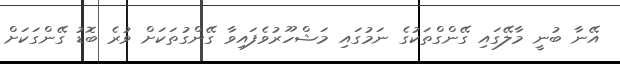
އޭނާ ބުނީ މާލޭގައި ގޭންގްތަކުގެ ނަމުގައި މަޝްހޫރުވެފައިވާ ގޭންގުތަކަށް ވުރެ ބޮޑު ގޭންގަކަށް